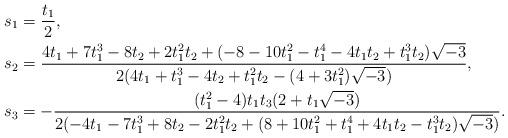
LaTeX: \begin{align*}s_1&=\frac{t_1}{2},\\s_2&=\frac{4t_1+7t_1^3-8t_2+2t_1^2t_2+(-8-10t_1^2-t_1^4-4t_1t_2+t_1^3t_2)\sqrt{-3}}{2(4t_1+t_1^3-4t_2+t_1^2t_2-(4+3t_1^2)\sqrt{-3})},\\s_3&=-\frac{(t_1^2-4)t_1t_3(2+t_1\sqrt{-3})}{2(-4t_1-7t_1^3+8t_2-2t_1^2t_2+(8+10t_1^2+t_1^4+4t_1t_2-t_1^3t_2)\sqrt{-3})}.\end{align*}